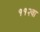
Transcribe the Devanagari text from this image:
११२वा